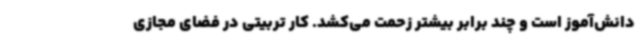
دانش‌آموز است و چند برابر بیشتر زحمت می‌کشد. کار تربیتی در فضای مجازی